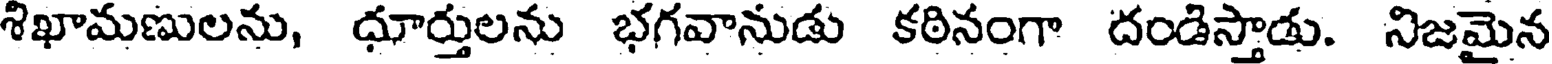
శిఖామణులను, ధూర్తులను భగవానుడు కఠినంగా దండిస్తాడు. నిజమైన